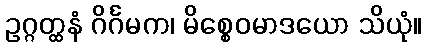
ဥဂ္ဂတ္ထနံ ဂိင်္ဂမက၊ မိစ္စေဝမာဒယော သိယုံ။